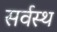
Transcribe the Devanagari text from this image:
सर्वस्थ